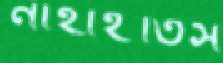
নাহাইতিস